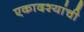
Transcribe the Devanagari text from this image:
एकादश्यांची